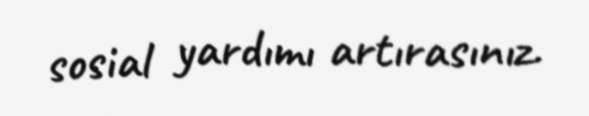
sosial yardımı artırasınız.